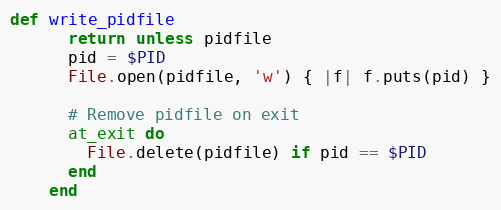
Language: Ruby
def write_pidfile
      return unless pidfile
      pid = $PID
      File.open(pidfile, 'w') { |f| f.puts(pid) }

      # Remove pidfile on exit
      at_exit do
        File.delete(pidfile) if pid == $PID
      end
    end